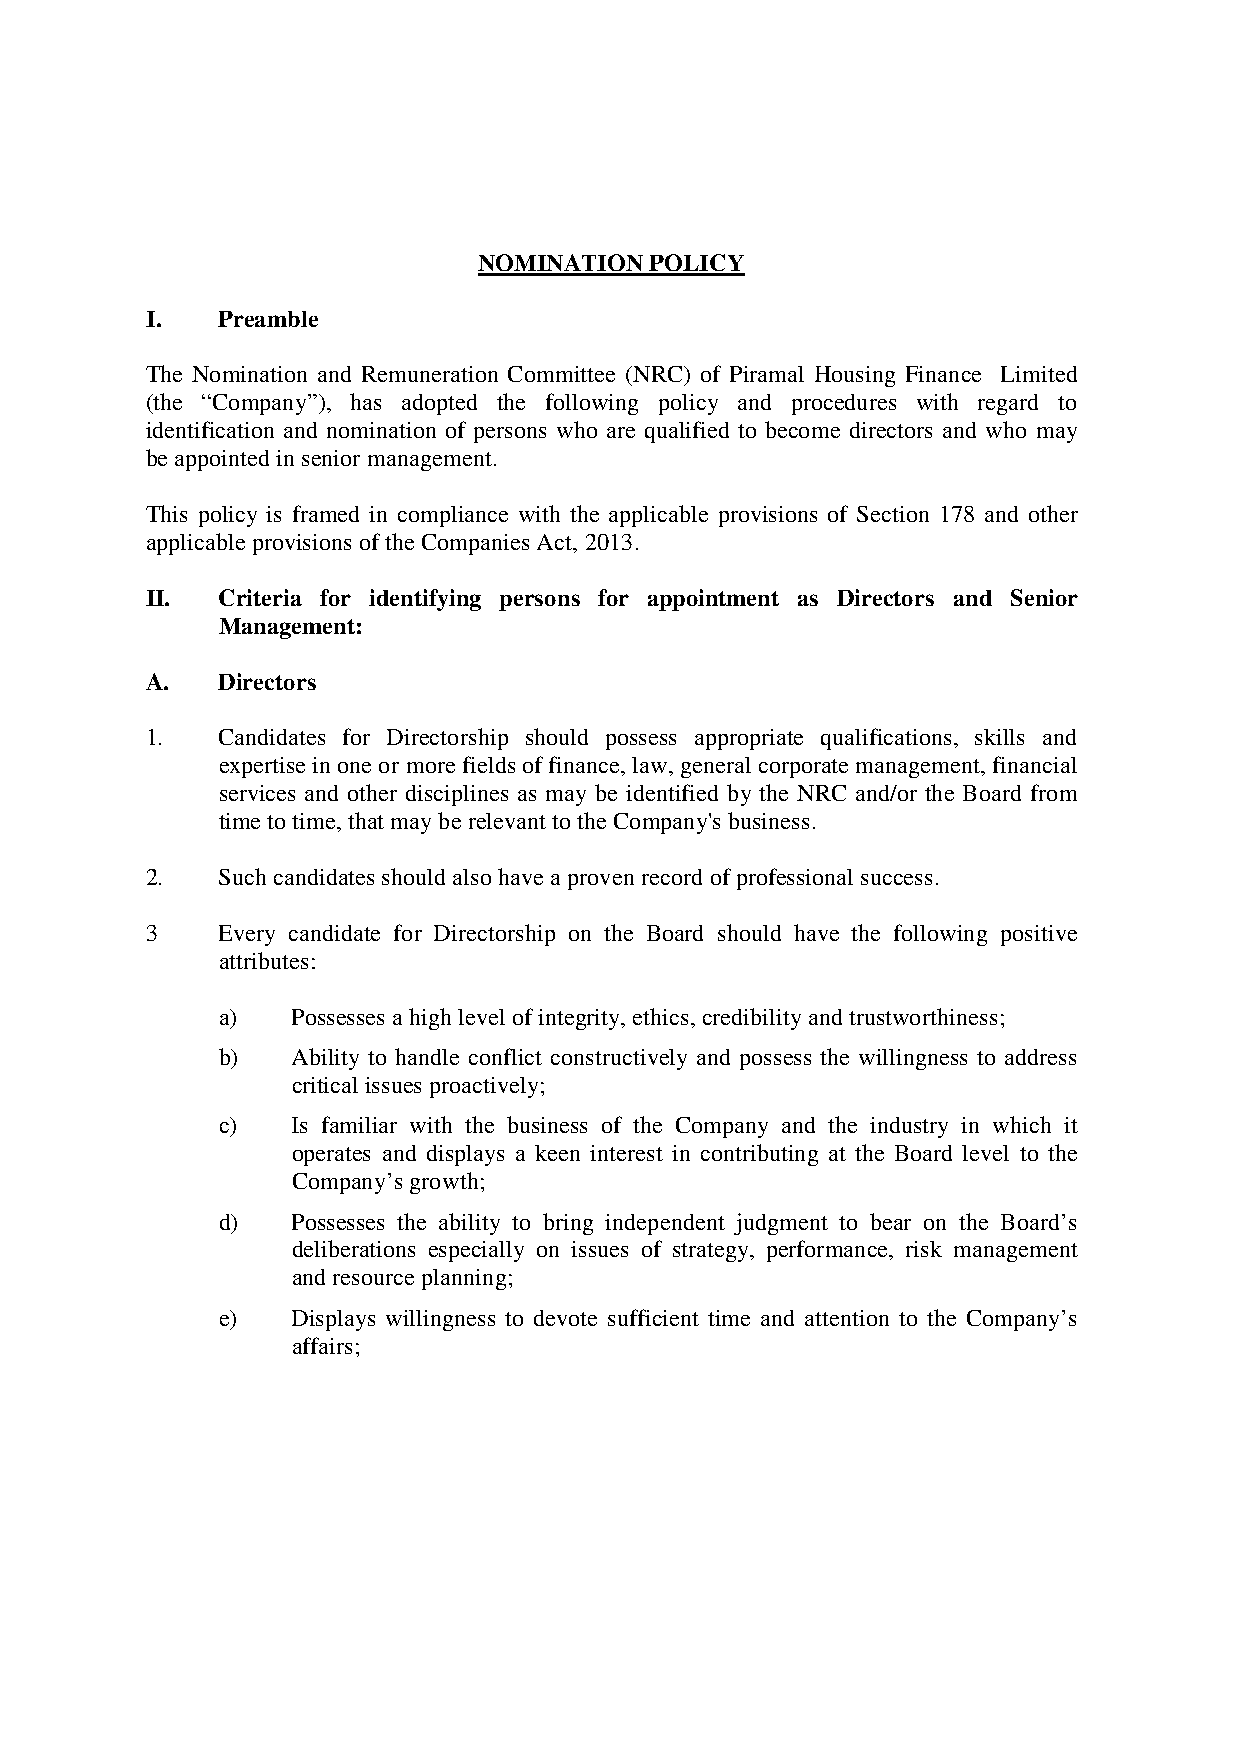
NOMINATION POLICY
 I.  Preamble
 The Nomination and Remuneration Committee (NRC) of Piramal Housing Finance Limited
 (the “Company”), has adopted the following policy and procedures with regard to
 identification and nomination of persons who are qualified to become directors and who may
 be appointed in senior management.
 This policy is framed in compliance with the applicable provisions of Section 178 and other
 applicable provisions of the Companies Act, 2013.
 II. Criteria for identifying persons for appointment as Directors and Senior
 Management:
 A.  Directors
 1.  Candidates for Directorship should possess appropriate qualifications, skills and
 expertise in one or more fields of finance, law, general corporate management, financial
 services and other disciplines as may be identified by the NRC and/or the Board from
 time to time, that may be relevant to the Company's business.
 2.  Such candidates should also have a proven record of professional success.
 3   Every candidate for Directorship on the Board should have the following positive
 attributes:
 a)   Possesses a high level of integrity, ethics, credibility and trustworthiness;
 b)   Ability to handle conflict constructively and possess the willingness to address
 critical issues proactively;
 c)   Is familiar with the business of the Company and the industry in which it
 operates and displays a keen interest in contributing at the Board level to the
 Company’s growth;
 d)   Possesses the ability to bring independent judgment to bear on the Board’s
 deliberations especially on issues of strategy, performance, risk management
 and resource planning;
 e)   Displays willingness to devote sufficient time and attention to the Company’s
 affairs;